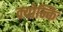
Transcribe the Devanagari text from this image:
क्योन्कि